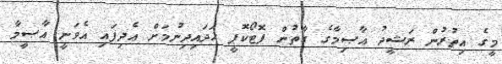
މީގެ އިތުރުން ރަޝީދު އާޞިމާގެ ގާތުން ފޮޓޯކޮޕީ ހަދައިދިނުމަށް އެދިފައި އެވަނީ އާޞީމާ